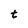
Character: t